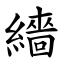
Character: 繬